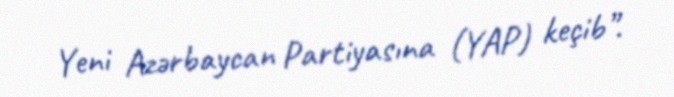
Yeni Azərbaycan Partiyasına (YAP) keçib”.